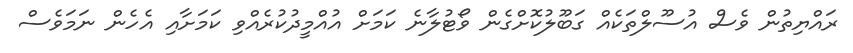
ރައްޔިތުން ވެސް އުސޫލްތަކެއް ގަބޫލުކޮށްގެން ވޯޓުލާނެ ކަމަށް އުއްމީދުކުރެއްވި ކަމަށާއި އެހެން ނަމަވެސް